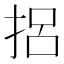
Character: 捛